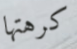
كرهتها